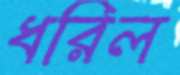
ধরিল